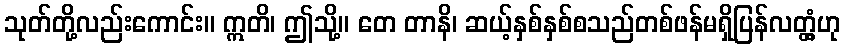
သုတ်တို့လည်းကောင်း။ ဣတိ၊ ဤသို့။ တေ တာနိ၊ ဆယ့်နှစ်နှစ်စသည်တစ်ဖန်မရှိပြန်လတ္တံ့ဟု